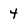
Character: 4